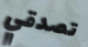
تصدقي